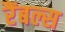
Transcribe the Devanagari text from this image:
रैंबल्स